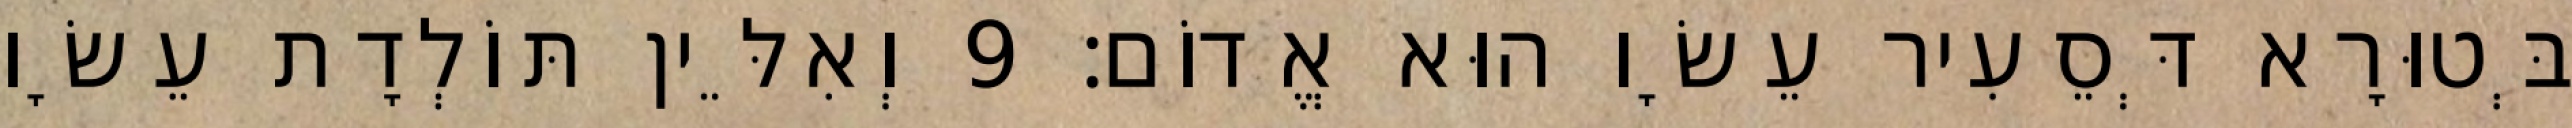
בְּטוּרָא דְּסֵעִיר עֵשָׂו הוּא אֱדוֹם׃ 9 וְאִלֵּין תּוֹלְדָת עֵשָׂו